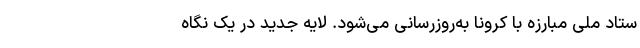
ستاد ملی مبارزه با کرونا به‌روزرسانی می‌شود. لایه جدید در یک نگاه